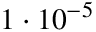
1 \cdot 1 0 ^ { - 5 }